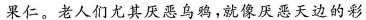
果仁。老人们尤其厌恶乌鸦，就像厌恶天边的彩